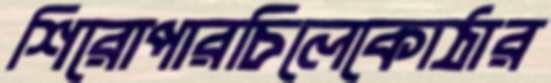
শিরোপারচিলেকোঠার